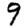
Digit: 9